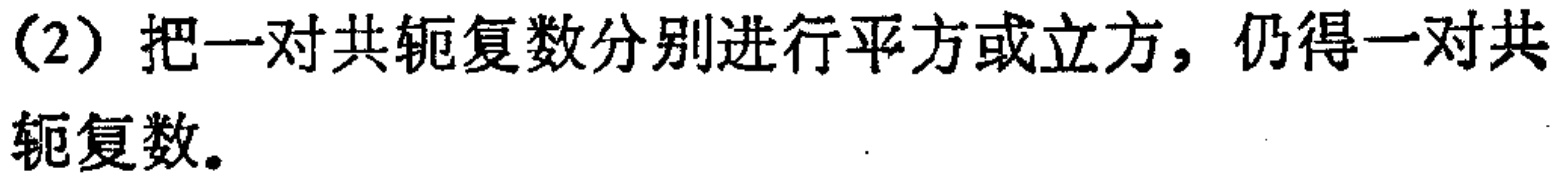
(2) 把一对共轭复数分别进行平方或立方，仍得一对共轭复数。